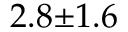
2 . 8 { \pm } 1 . 6 \